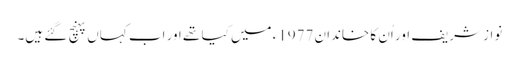
نواز شریف اور اُن کا خاندان 1977ء میں کیا تھے اور اب کہاں پہنچ گئے ہیں۔